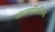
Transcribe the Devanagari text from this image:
असममितिक